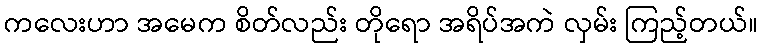
ကလေးဟာ အမေက စိတ်လည်း တိုရော အရိပ်အကဲ လှမ်း ကြည့်တယ်။